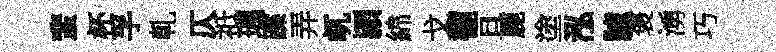
蜚杯孚乹仄祗瑀蹀弄屼頴綿戈櫳旦鹿塗泓臚褒湧巧